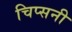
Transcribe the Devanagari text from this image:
चिप्सनी